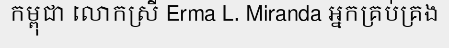
កម្ពុជា លោកស្រី Erma L. Miranda អ្នកគ្រប់គ្រង